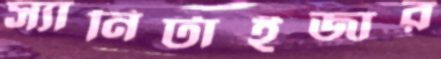
স্যানিটাইজার